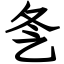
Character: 㐑